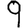
Digit: 9